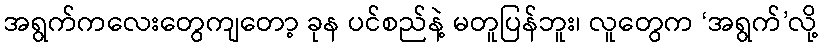
အရွက်ကလေးတွေကျတော့ ခုန ပင်စည်နဲ့ မတူပြန်ဘူး၊ လူတွေက ‘အရွက်’လို့